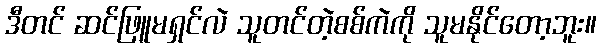
ဒီတင် ဆင်ဖြူမရှင်လဲ သူတင်တဲ့စစ်ကဲကို သူမနိုင်တော့ဘူး။